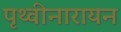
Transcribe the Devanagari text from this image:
पृथ्वीनारायन